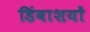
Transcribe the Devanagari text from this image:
डिंबाशयों